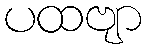
ပထဗျာ